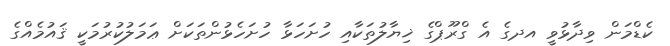
ކެޑްމަން ވިދާޅުވީ އދގެ އެ ގްރޫޕްގެ ޚިޔާލުތަކާއި ހުށަހަޅާ ހުށަހެޅުންތަކަށް ޢަމަލުކުރުމަކީ ޤައުމެއްގެ